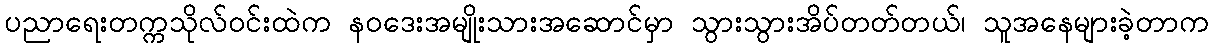
ပညာရေးတက္ကသိုလ်ဝင်းထဲက နဝဒေးအမျိုးသားအဆောင်မှာ သွားသွားအိပ်တတ်တယ်၊ သူအနေများခဲ့တာက